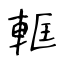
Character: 軭